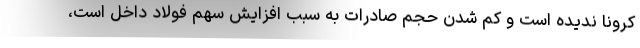
کرونا ندیده است و کم شدن حجم صادرات به سبب افزایش سهم فولاد داخل است،